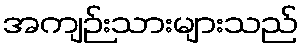
အကျဉ်းသားများသည်